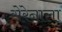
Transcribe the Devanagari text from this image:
सेरेनाला